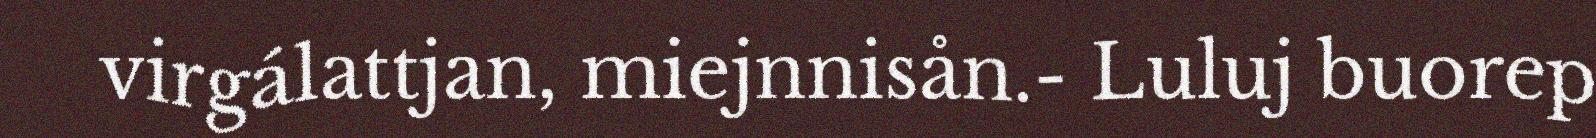
virgálattjan, miejnnisån.- Luluj buorep